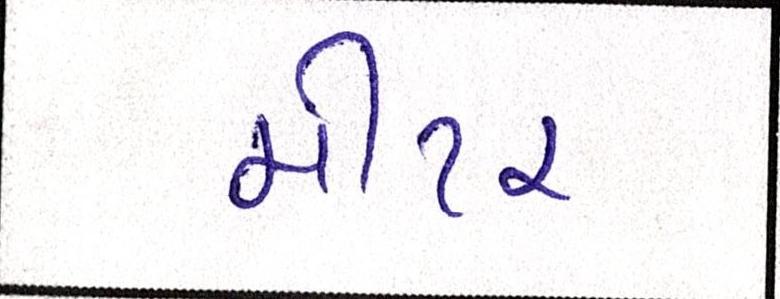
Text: મીટર